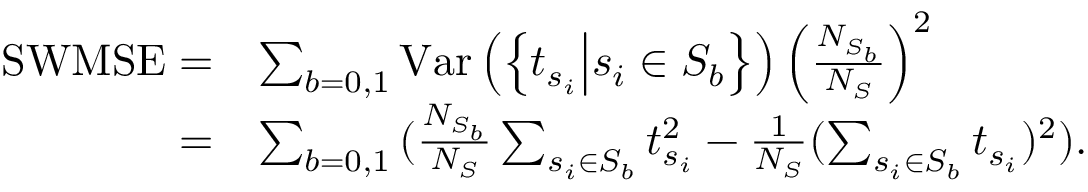
\begin{array} { r l } { \mathrm { S W M S E } = } & { \sum _ { b = 0 , 1 } { \mathrm { V a r } \left( \left\{ t _ { s _ { i } } \middle | s _ { i } \in S _ { b } \right\} \right) \left( \frac { N _ { S _ { b } } } { N _ { S } } \right) ^ { 2 } } } \\ { = } & { \sum _ { b = 0 , 1 } { ( \frac { N _ { S _ { b } } } { N _ { S } } \sum _ { s _ { i } \in S _ { b } } t _ { s _ { i } } ^ { 2 } - \frac { 1 } { N _ { S } } ( \sum _ { s _ { i } \in S _ { b } } t _ { s _ { i } } ) ^ { 2 } ) } . } \end{array}